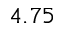
4 . 7 5